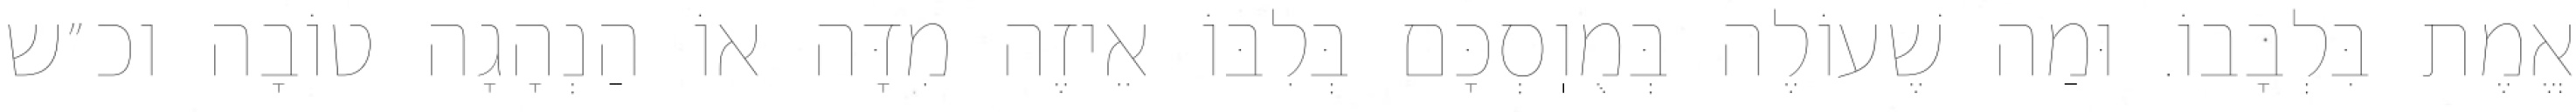
אֱמֶת בִּלְבָבוֹ. וּמַה שֶׁעוֹלֶה בְּמֻוֽסְכָּם בְּלִבּוֹ אֵיזֶה מִדָּה אוֹ הַנְהָגָה טוֹבָה וכ״ש